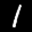
Label: 1